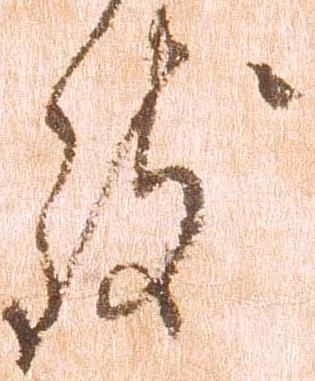
致